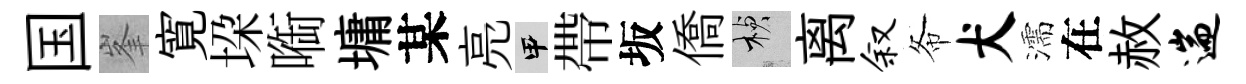
国峯寛垜㗸墉某亮甲帶坂僑楨离叙𢁙犬濡在赦遄